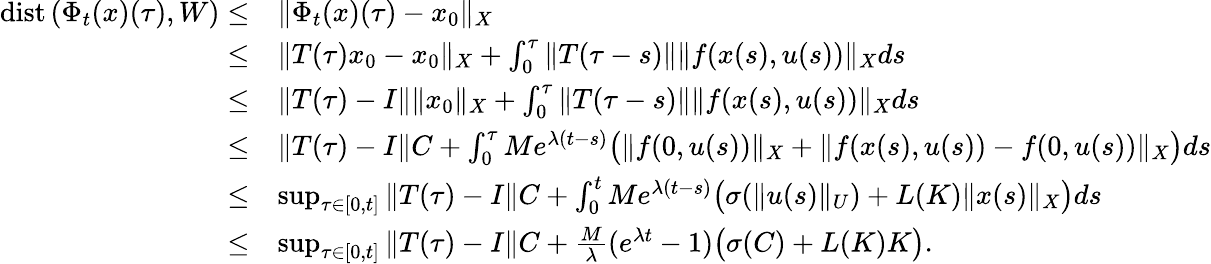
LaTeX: \begin{array}{rl}{\mathrm{dist}\, (\Phi_{t}(x)(\tau),W)\leq}&{\| \Phi_{t}(x)(\tau)-x_{0}\| _{X}}\\ {\leq}&{\| T(\tau)x_{0}-x_{0}\| _{X}+\int_{0}^{\tau}\| T(\tau-s)\| \| f(x(s),u(s))\| _{X}ds}\\ {\leq}&{\| T(\tau)-I\| \| x_{0}\| _{X}+\int_{0}^{\tau}\| T(\tau-s)\| \| f(x(s),u(s))\| _{X}ds}\\ {\leq}&{\| T(\tau)-I\| C+\int_{0}^{\tau}Me^{\lambda(t-s)}\big(\| f(0,u(s))\| _{X}+\| f(x(s),u(s))-f(0,u(s))\| _{X}\big)ds}\\ {\leq}&{\operatorname*{sup}_{\tau\in[0,t]}\| T(\tau)-I\| C+\int_{0}^{t}Me^{\lambda(t-s)}\big(\sigma(\| u(s)\| _{U})+L(K)\| x(s)\| _{X}\big)ds}\\ {\leq}&{\operatorname*{sup}_{\tau\in[0,t]}\| T(\tau)-I\| C+\frac{M}{\lambda}(e^{\lambda t}-1)\big(\sigma(C)+L(K)K\big).}\end{array}